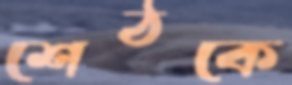
শেঠকে